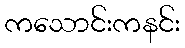
ကသောင်းကနင်း